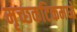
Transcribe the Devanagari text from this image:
मृच्छकटिकमध्ये